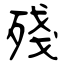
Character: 殘